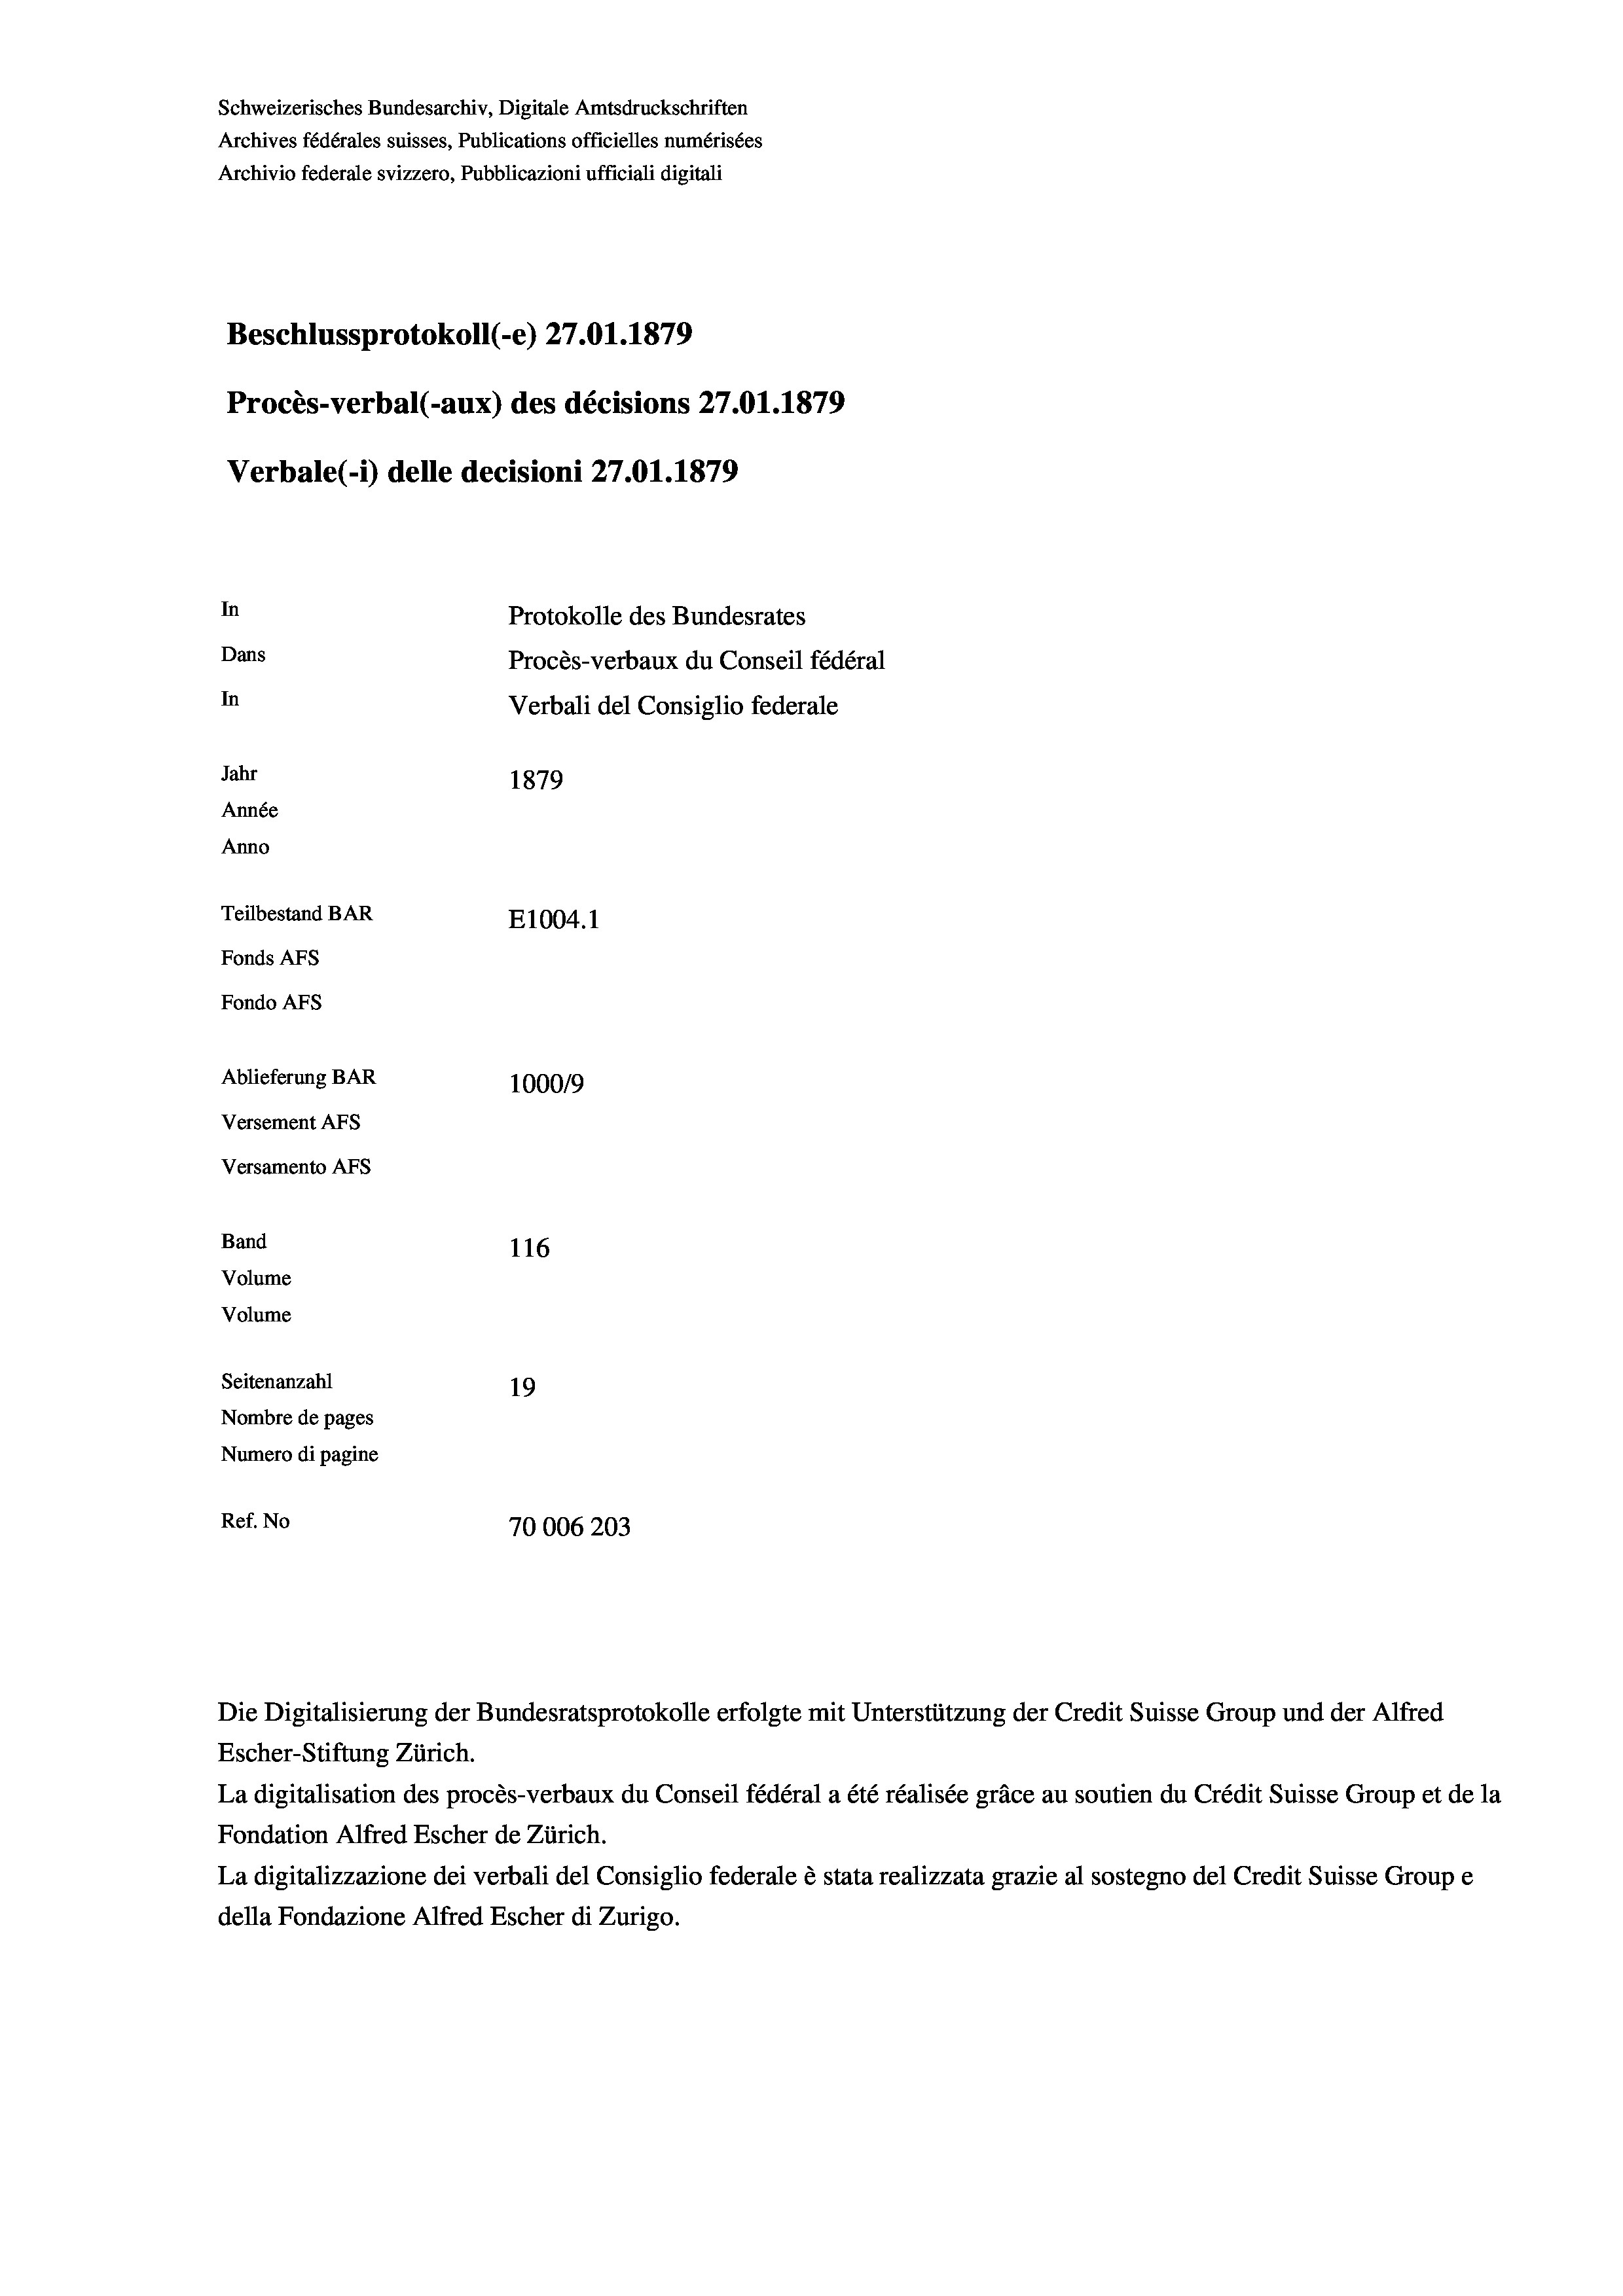
Schweizerisches Bundesarchiv, Digitale Amtsdruckschriften
Archives fédérales suisses, Publications officielles numérisées
Archivio federale svizzero, Pubblicazioni ufficiali digitali
Beschlussprotokoll (-e) 27.01. 1879
Procès-verbal (-aux) des décisions 27.O1.1879
Verbale (1) delle decisioni 27.01. 1879
In
Protokolle des Bundesrates
Dans
Procès-verbaux du Conseil fédéral
In
Verbali del Consiglio federale
Jahr
1879
Année
Anno
Teilbestand BAR
E1004. 1
Fonds Afs
Fondo AFs
Ablieferung BAR
1000/9
Versement Abs
Versamento AFs
Band
116
Volume
Volume

Seitenanzahl
19
Nombre de pages
Numero di pagine
Ref. No
70006203

Die Digitalisierung der Bundesratsprotokolle erfolgte mit Unterstützung der Credit Suisse Group und der Alfred
Escher-Stiftung Zürich.
La digitalisation des procès-verbaux du Conseil fédéral a été réalisée gräce au soutien du Crédit Suisse Group et de la
Fondation Alfred Escher de Zürich.
La digitalizzazione dei verbali del Consiglio federale è stata realizzata grazie al sostegno del Credit Suisse Groupe
della Fondazione Alfred Escher di Zurigo.